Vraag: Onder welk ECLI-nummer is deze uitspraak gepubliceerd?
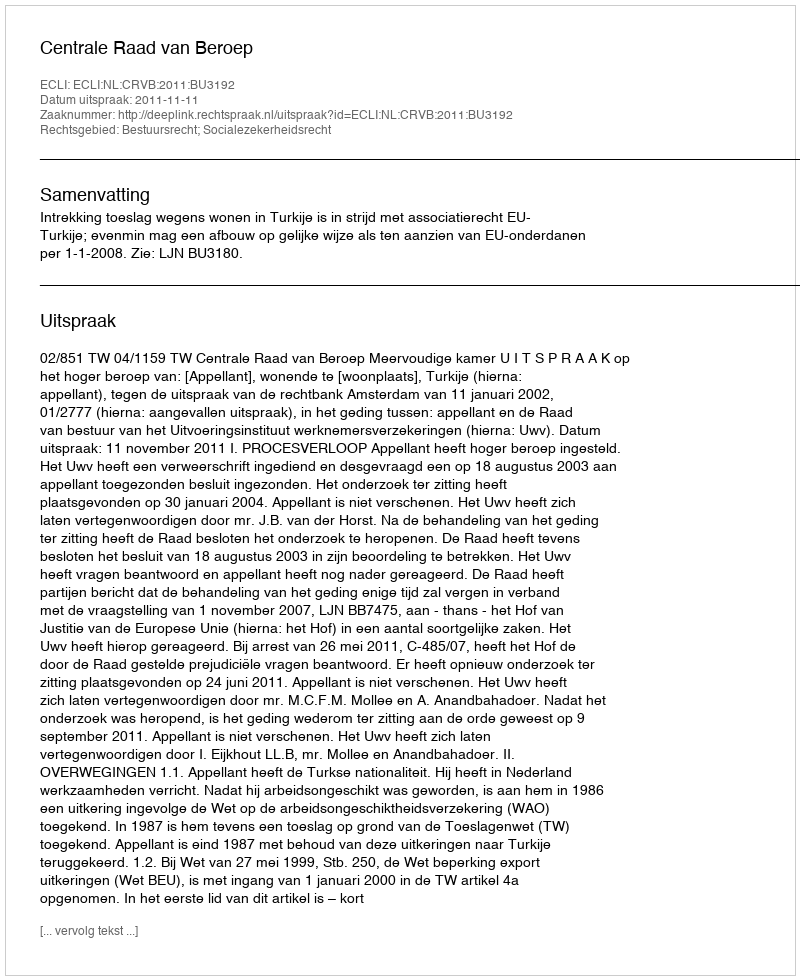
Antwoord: ECLI:NL:CRVB:2011:BU3192